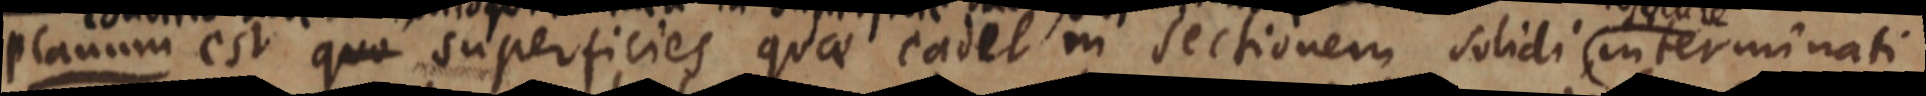
Planum est quo superficies quae cadet in sectionem solidi interminati